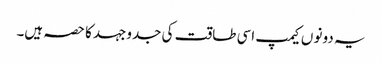
یہ دونو ں کیمپ اسی طاقت کی جدوجہد کا حصہ ہیں۔